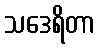
သဒေရိတာ